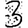
Digit: 3